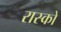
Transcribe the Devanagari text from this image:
रास्को